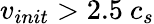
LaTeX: v_{init}>2.5~c_{s}